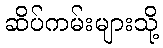
ဆိပ်ကမ်းများသို့